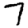
Digit: 7